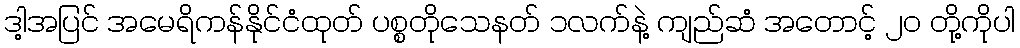
ဒါ့အပြင် အမေရိကန်နိုင်ငံထုတ် ပစ္စတိုသေနတ် ၁လက်နဲ့ ကျည်ဆံ အတောင့် ၂၀ တို့ကိုပါ